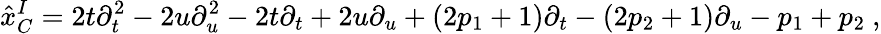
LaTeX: {\hat{x}}_{C}^{I}=2t\partial_{t}^{2}-2u\partial_{u}^{2}-2t\partial_{t}+2u\partial_{u}+(2p_{1}+1)\partial_{t}-(2p_{2}+1)\partial_{u}-p_{1}+p_{2}\ ,